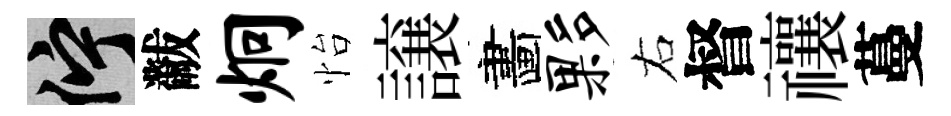
伫黻炯怡譲畵夥右督禳蔓